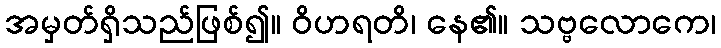
အမှတ်ရှိသည်ဖြစ်၍။ ဝိဟရတိ၊ နေ၏။ သဗ္ဗလောကေ၊